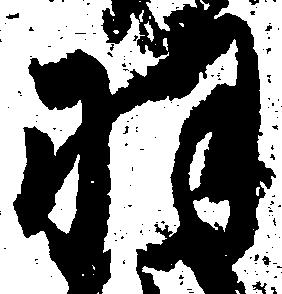
羽